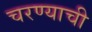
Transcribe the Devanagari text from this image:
चरण्याची